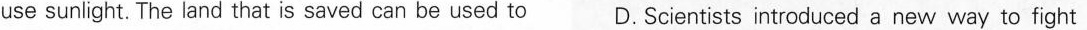
use sunlight. The land that is saved can be used to D. Scientists introduced a new way to fight